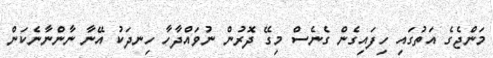
މަންޖެގެ އަތުގައި ހިފައިގެން ގެނެސް މިގޭ ދޮރުން ނުވައްދާހާ ހިނދަކު އޭނާ ނާންނާނެކަން